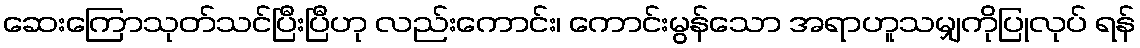
ဆေးကြောသုတ်သင်ပြီးပြီဟု လည်းကောင်း၊ ကောင်းမွန်သော အရာဟူသမျှကိုပြုလုပ် ရန်